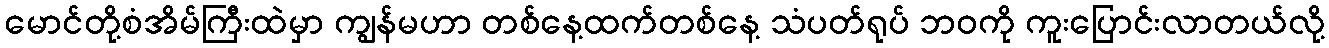
မောင်တို့စံအိမ်ကြီးထဲမှာ ကျွန်မဟာ တစ်နေ့ထက်တစ်နေ့ သံပတ်ရုပ် ဘဝကို ကူးပြောင်းလာတယ်လို့